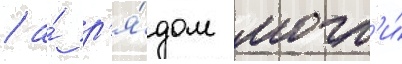
/ а́ р'я́дом могл'и́